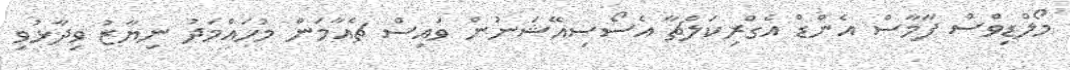
މޯލްޑިވްސް ފާމާސް އެންޑް އެގްރިކަލްޗާ އެސޯސިއޭޝަނުން ވައިސް ޗެއާމަން މުހައްމަދު ނިޔާޒު ވިދާޅުވި